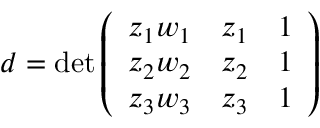
d = \operatorname* { d e t } { \left( \begin{array} { l l l } { z _ { 1 } w _ { 1 } } & { z _ { 1 } } & { 1 } \\ { z _ { 2 } w _ { 2 } } & { z _ { 2 } } & { 1 } \\ { z _ { 3 } w _ { 3 } } & { z _ { 3 } } & { 1 } \end{array} \right) }